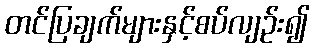
တင်ပြချက်များနှင့်စပ်လျဉ်း၍